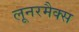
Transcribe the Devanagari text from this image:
लूनरमैक्स